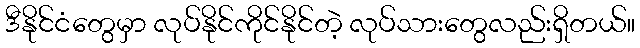
ဒီနိုင်ငံတွေမှာ လုပ်နိုင်ကိုင်နိုင်တဲ့ လုပ်သားတွေလည်းရှိတယ်။